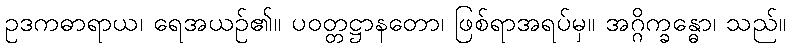
ဥဒကဓာရာယ၊ ရေအယဉ်၏။ ပဝတ္တဋ္ဌာနတော၊ ဖြစ်ရာအရပ်မှ။ အဂ္ဂိက္ခန္ဓော၊ သည်။